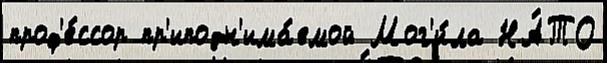
проф'е́ссор пр'иподн'има́емой Мог'и́ла НА́ТО